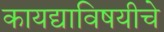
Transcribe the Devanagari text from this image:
कायद्याविषयीचे